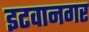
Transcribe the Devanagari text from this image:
इटवानगर